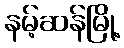
နမ့်ဆန်မြို့